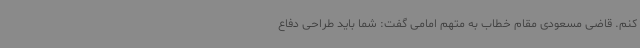
کنم. قاضی مسعودی مقام خطاب به متهم امامی گفت: شما باید طراحی دفاع